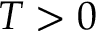
T > 0